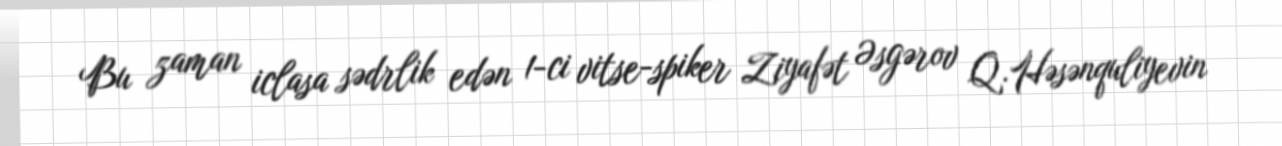
Bu zaman iclasa sədrlik edən 1-ci vitse-spiker Ziyafət Əsgərov Q.Həsənquliyevin